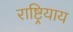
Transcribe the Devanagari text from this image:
राष्ट्रियाय